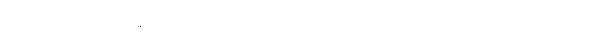
၄၂၃။ ကြားမြင်နည်းပါး၊ ကောင်းမှုရှား၊ လား၏ ငရဲရွာ ဟူူသော ဂါထာ၊